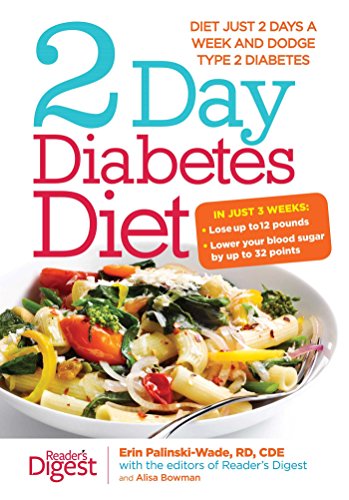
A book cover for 2-Day Diabetes Diet: Diet Just 2 Days a Week and Dodge Type 2 Diabetes; Erin Palinski-Wade MD; Cookbooks, Food & Wine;